Cholera in India, 1862 to 1881
Year: 1862
Disease focus: Cholera
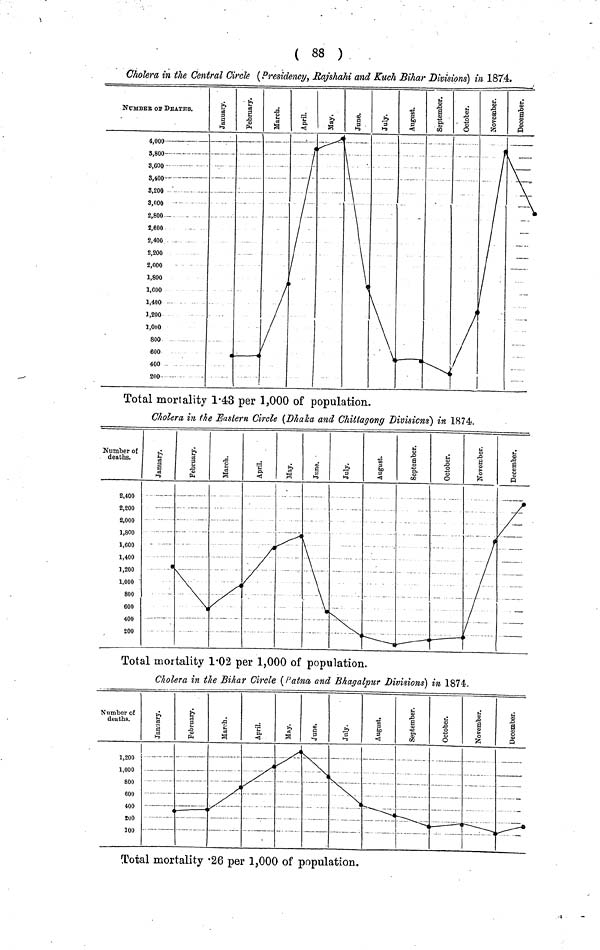
( 88 )
Cholera in the Central Circle (Presidency, Rajshahi and Kuch Bihar Divisions) in 1874.
Total mortality .26 per 1,000 of population.